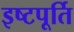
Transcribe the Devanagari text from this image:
इष्टपूर्ति